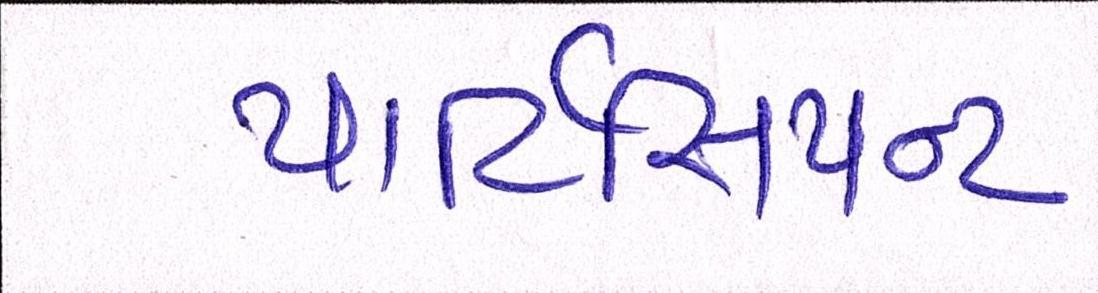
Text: પાર્ટિસિપન્ટ